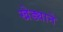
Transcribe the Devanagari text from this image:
खेड्याने